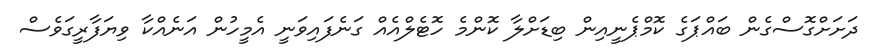
ދަށަށްގޮސްގެން ބައްޕަގެ ކޮމްޕެނީއިން ބިޑަށްލާ ކޮންމެ ހޮޓެލްއެއް ގަނެފައިވަނީ އެމީހުން އަނެއްކާ ވިޔަފާރީގަވެސް